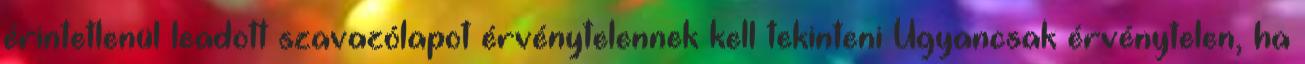
érintetlenül leadott szavazólapot érvénytelennek kell tekinteni Ugyancsak érvénytelen, ha